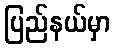
ပြည်နယ်မှာ